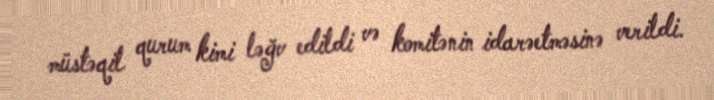
müstəqil qurum kimi ləğv edildi və komitənin idarəetməsinə verildi.